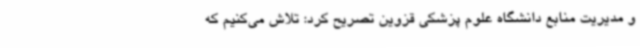
و مدیریت منابع دانشگاه علوم پزشکی قزوین تصریح کرد: تلاش می‌کنیم که